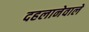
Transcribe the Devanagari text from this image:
दहलानेवाले